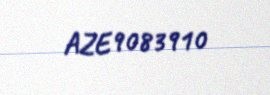
AZE9083910